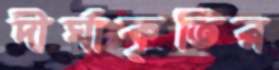
দীর্ঘাকৃতির